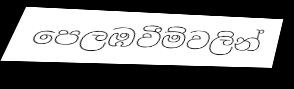
පෙලඹවීම්වලින්